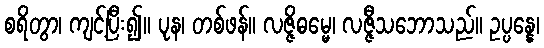
စရိတွာ၊ ကျင့်ပြီး၍။ ပုန၊ တစ်ဖန်။ လဇ္ဇိဓမ္မေ၊ လဇ္ဇီသဘောသည်။ ဥပ္ပန္နေ၊